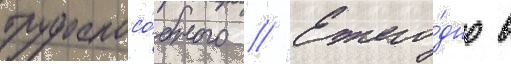
трудоспосо́бного // Ежего́дно в